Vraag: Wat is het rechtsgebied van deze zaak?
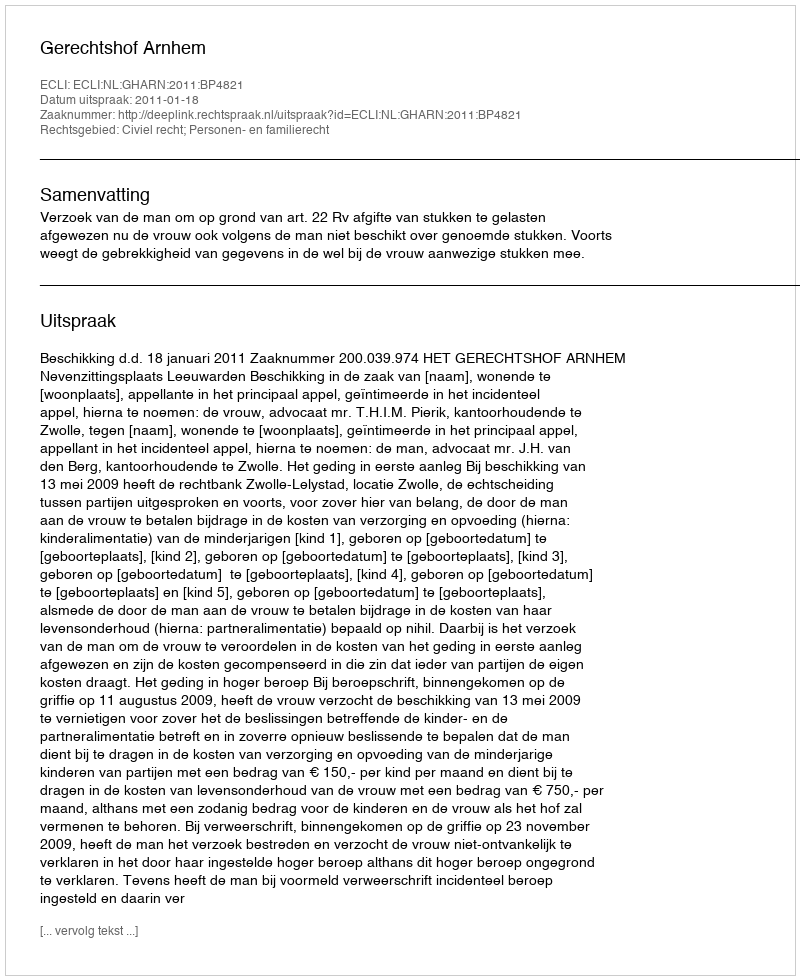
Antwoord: Civiel recht; Personen- en familierecht